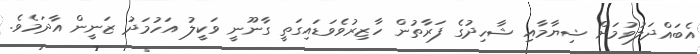
އެބައްދަލުވުމަށް ޝިޔާމާއި ޝާހިދުގެ ފަރާތުން ހާޒިރުވެވަޑައިގަތީ ގާނޫނީ ވަކީލު އަހުމަދު ޒަނީން އާދަމެވެ.